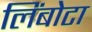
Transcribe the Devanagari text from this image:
लिंबोटा